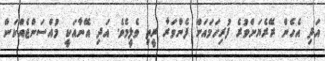
އަދި އެހެން ރޭރެޔަށްވުރެ ފުރިހަމައަށް ފެންވަރާ ރީތި ވެލީމެވެ. އަދި އޭނާއަކީ މުއްސަންޖެއްކަން